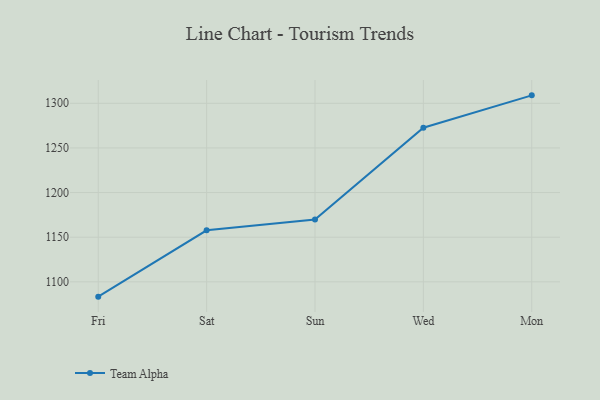
{"axis": {"x": "Day", "y": "Satisfaction Score"}, "legend": ["Team Alpha"], "data": [{"x": "Fri", "y": 1083.4, "type": "Team Alpha"}, {"x": "Sat", "y": 1157.7, "type": "Team Alpha"}, {"x": "Sun", "y": 1169.9, "type": "Team Alpha"}, {"x": "Wed", "y": 1272.6, "type": "Team Alpha"}, {"x": "Mon", "y": 1308.9, "type": "Team Alpha"}]}